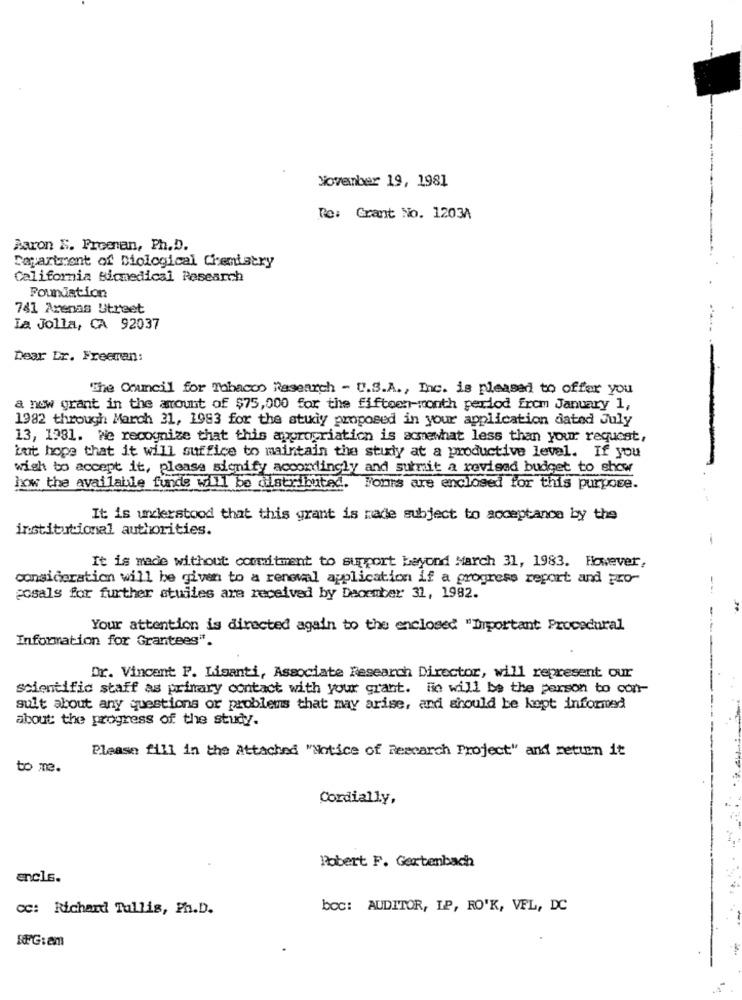
November 19, 1981
Re: Grant No. 12034
Baron E. Proonan, Ph.D.
Department of Biological Chemistry
California Bicmedical Research
Foundation
741 Arenas Street
La Jolla, CA 92037
Dear Dr. Freeman:
"The Council for Tobacco Research - U.S.A ., Inc. is pleased to offer you
a now grant in the amount of $75,000 for the fifteen-month period from January 1,
1982 through March 31, 1983 for the study proposed in your application dated July
13, 1981. We recognize that this appropriation is acmewhat less than your request,
-
but hope that it will suffice to maintain the study at a productive level. If you
wish to accept it, please signify accordingly and submit a revised budget to show
how the available funds will be distributed.
Fonrs are enclosed for this purpose.
It is understood that this grant is made subject to acceptance by the
institutional authorities.
It is made without commitment to support beyond March 31, 1983. However,
consideration will be given to a renoval application if a progress report and pro-
posals for further stuiles are received by December 31, 1982.
Your attention is directed again to the enclosed "Important Procedural
Information for Grantees".
Dr. Vincent P. Liganti, Associate Research Director, will represent our
scientific staff as primary contact with your grant. He will be the person to con-
sult about any questions or problems that may arise, and should be kept informed
about the progress of the studyy.
Please fill in the Attached "Notice of Research Project" and return it
to me.
Cordially,
Robert F. Gertenbach
encls.
cc: Richard Tallis, Ph.D.
bcc: AUDITOR, IP, RO'K, VEL, DC
RFG:am